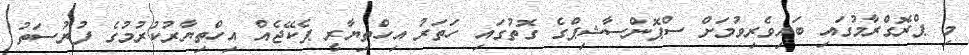
މި ޕްރޮގްރާމުގައި ބައިވެރިވުމަށް ސްޕޮންސާޝިޕްގެ ގޮތުގައި ހަތަރު އިހްތިޔާރީ ޕެކޭޖެއް އިހްތިޔާރުކުރުމުގެ ފުރުސަތު